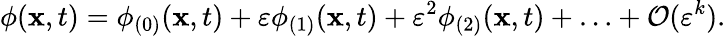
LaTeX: \phi(\mathbf{x},t)=\phi_{(0)}(\mathbf{x},t)+\varepsilon\phi_{(1)}(\mathbf{x},t)+\varepsilon^{2}\phi_{(2)}(\mathbf{x},t)+\ldots+\mathcal{O}(\varepsilon^{k}).